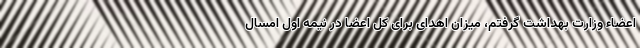
اعضاء وزارت بهداشت گرفتم، میزان اهدای برای کل اعضا در نیمه اول امسال